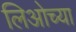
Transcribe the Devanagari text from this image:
लिओच्या